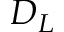
D _ { L }